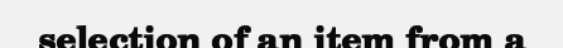
selection of an item from a